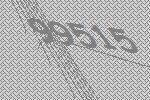
99515